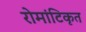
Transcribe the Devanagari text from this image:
रोमांटिकृत